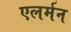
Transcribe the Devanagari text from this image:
एलर्मन